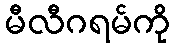
မီလီဂရမ်ကို